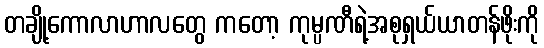
တချို့ကောလာဟာလတွေ ကတော့ ကုမ္ပဏီရဲ့အစုရှယ်ယာတန်ဖိုးကို